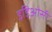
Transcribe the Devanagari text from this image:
इडिओसी